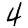
Digit: 4